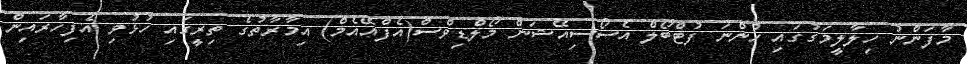
މާފަންނު ހިލާލީމަގުގައި ހުންނަ ފުޓްބޯލް އެސޯސިއޭޝަން މޯލްޑިވްސް(އެފްއޭއެމް) އިމާރާތުގެ ތިރީގައި ހުޅުވި އެފިހާރައިން